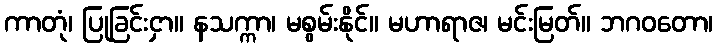
ကာတုံ၊ ပြုခြင်းငှာ။ နသက္ကာ၊ မစွမ်းနိုင်။ မဟာရာဇ၊ မင်းမြတ်။ ဘဂဝတော၊